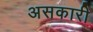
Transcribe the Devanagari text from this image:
असकारी